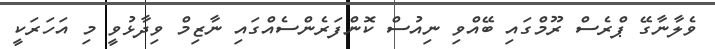
ވެލާނާގޭ ޕްރެސް ރޫމްގައި ބޭއްވި ނިއުސް ކޮންފަރެންސެއްގައި ނާޒިމް ވިދާޅުވީ މި އަހަރަކީ